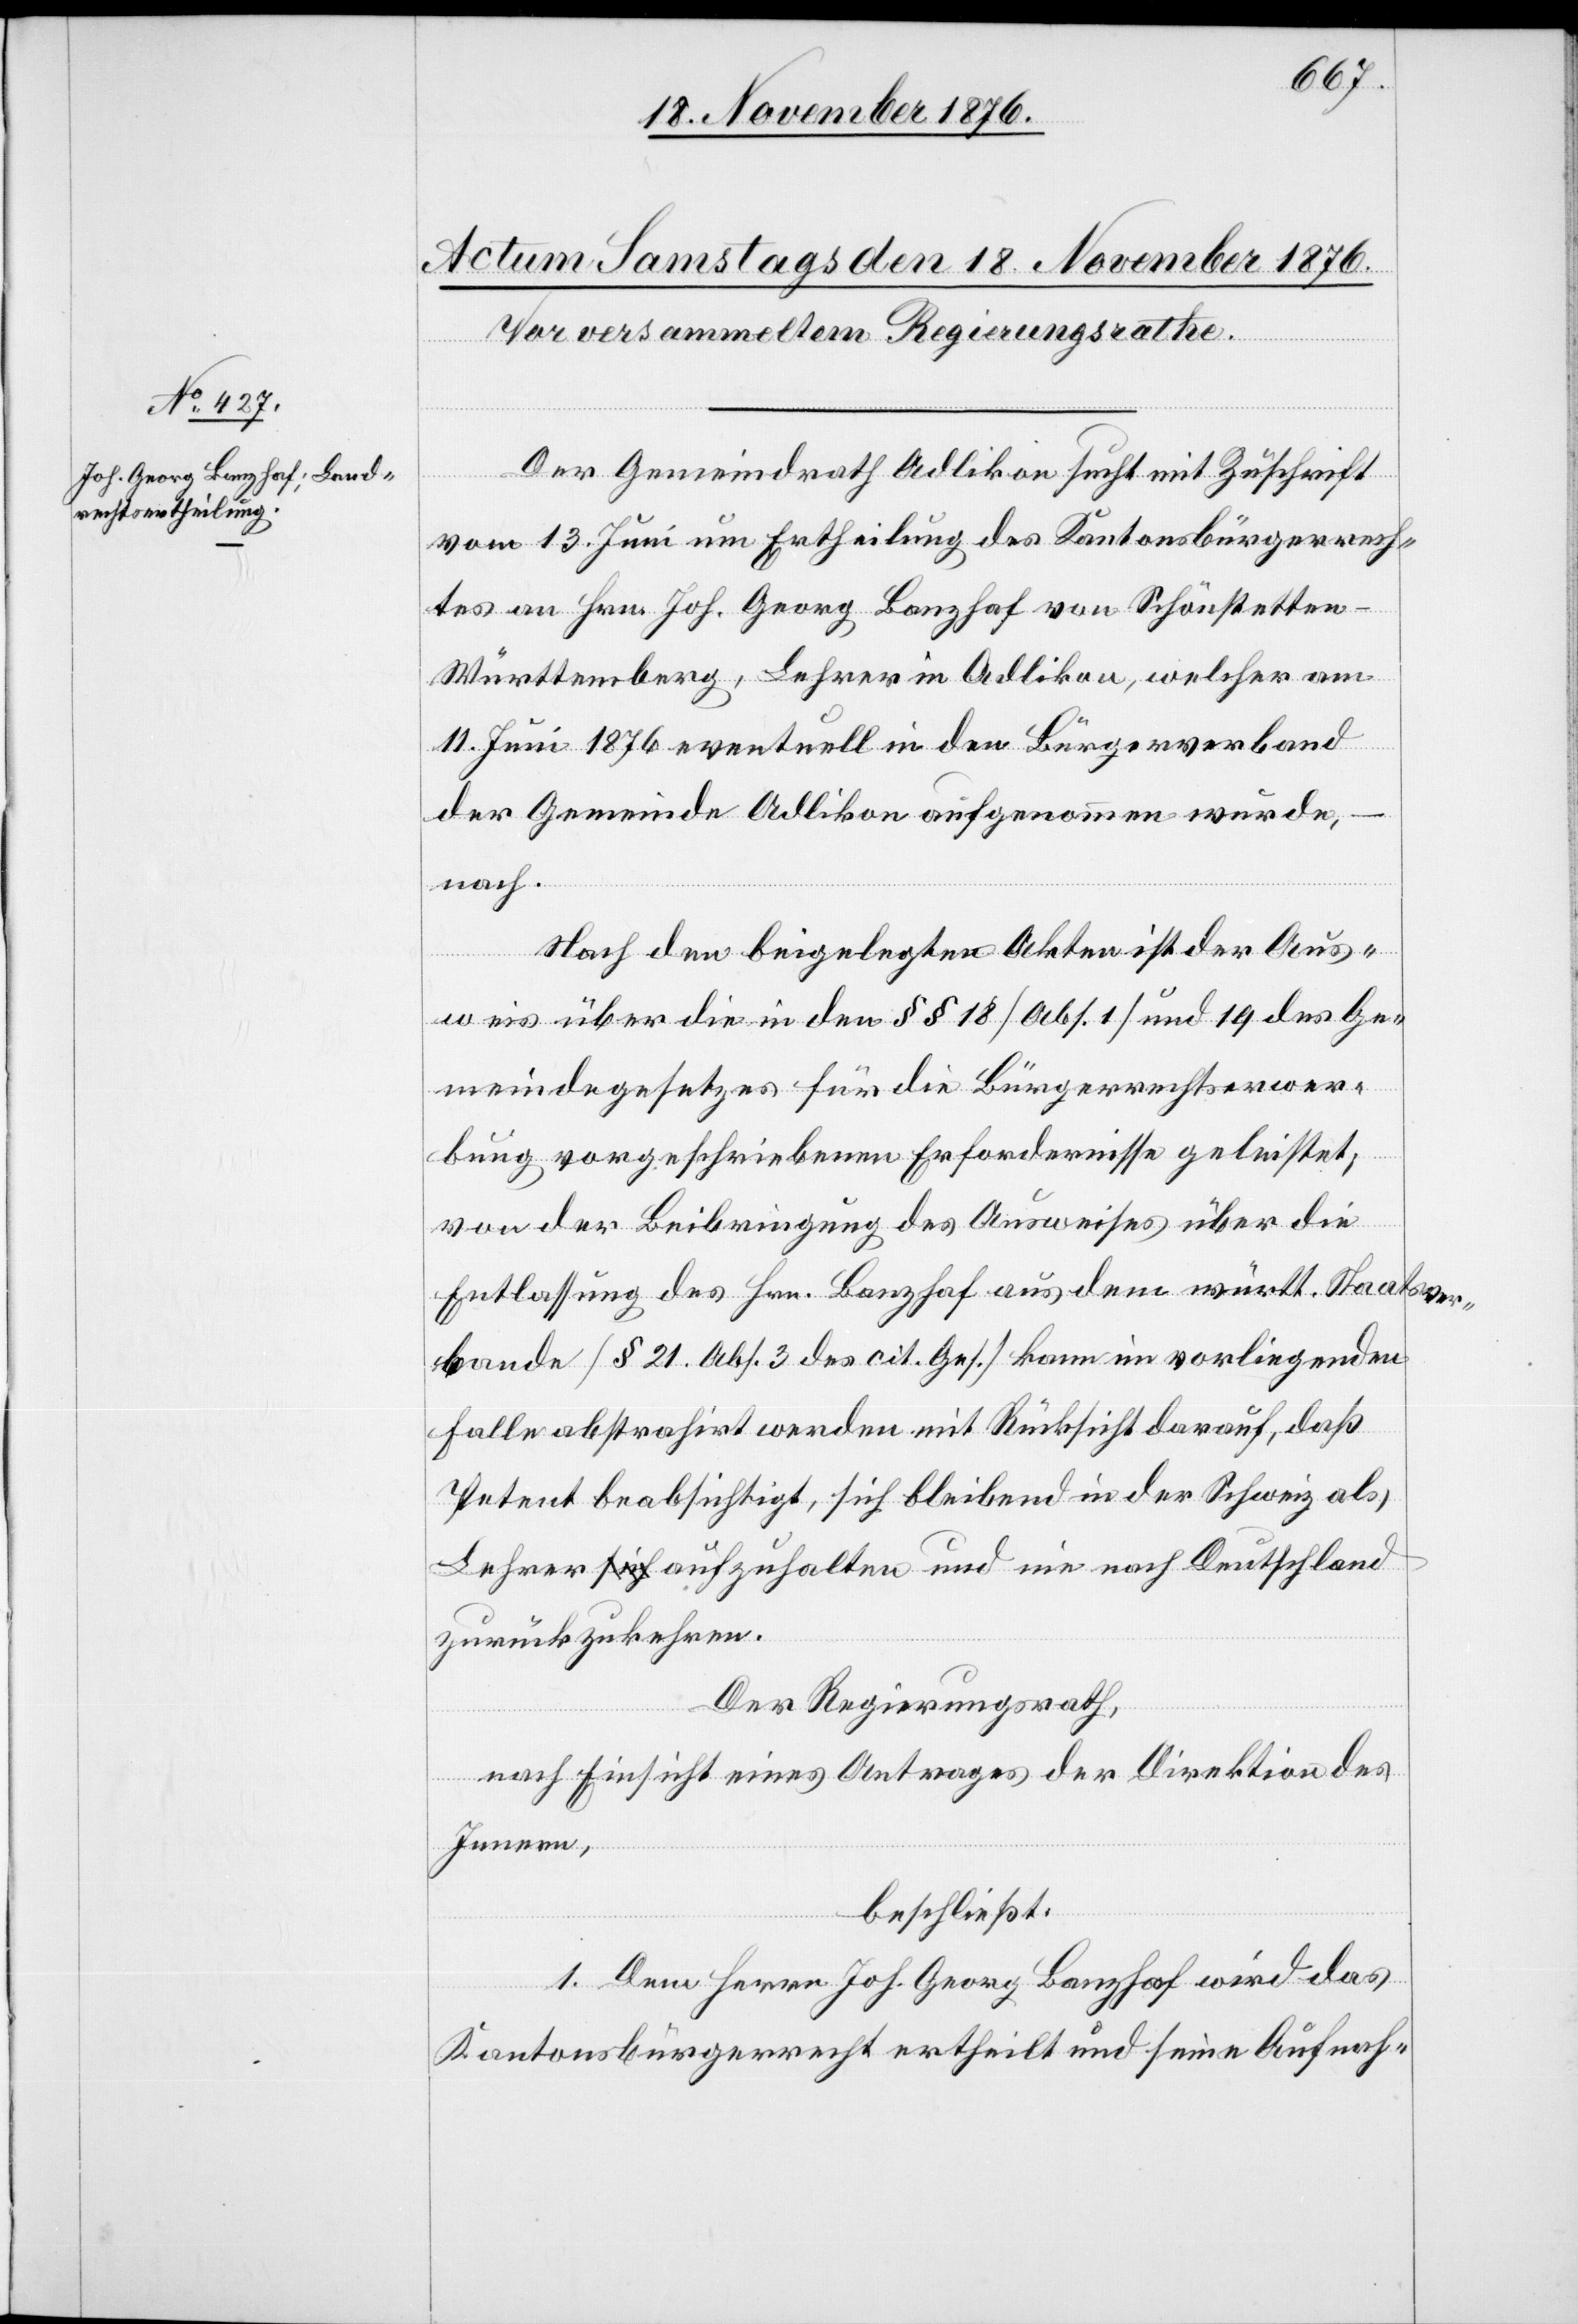
Der Gemeindrath Adlikon sucht mit Zuschrift
vom 13. Juni um Ertheilung des Kantonsbürgerrech¬
tes an Hrn. Joh. Georg Banzhaf von Schönstetten
Württemberg, Lehrer in Adlikon, welcher am
11. Juni 1876 eventuell in den Bürgerverband
der Gemeinde Adlikon aufgenommen wurde,
nach.
Nach den beigelegten Akten ist der Aus¬
weis über die in den §§ 18 [Abs. 1] und 19 des Ge¬
meindegesetzes für die Bürgerrechtserwer¬
bung vorgeschriebenen Erfordernisse geleistet;
von der Beibringung des Ausweises über die
Entlassung des Hrn. Banzhaf aus dem württ. Staatsver¬
bande [§ 21 Abs. 3 des cit. Ges.] kann im vorliegenden
Falle abstrahirt werden mit Rücksicht darauf, daß
Petent beabsichtigt, sich bleibend in der Schweiz als
Lehrer aufzuhalten und nie nach Deutschland
zurückzukehren.
Der Regierungsrath,
nach Einsicht eines Antrages der Direktion des
Innern,
beschließt:
1. Dem Herrn Joh. Georg Banzhaf wird das
Kantonsbürgerrecht ertheilt und seine Aufnah-